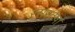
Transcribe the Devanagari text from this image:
रसस्तेषां